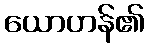
ယောဟန်၏